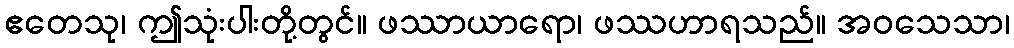
ဧတေသု၊ ဤသုံးပါးတို့တွင်။ ဖဿာယာရော၊ ဖဿဟာရသည်။ အဝသေသာ၊